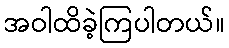
အဝါထိခဲ့ကြပါတယ်။